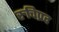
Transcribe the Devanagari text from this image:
रुचिप्रद